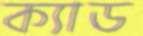
ক্যাড